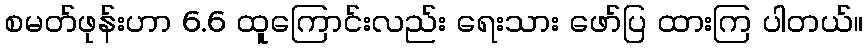
စမတ်ဖုန်းဟာ 6.6 ထူကြောင်းလည်း ရေးသား ဖော်ပြ ထားကြ ပါတယ်။